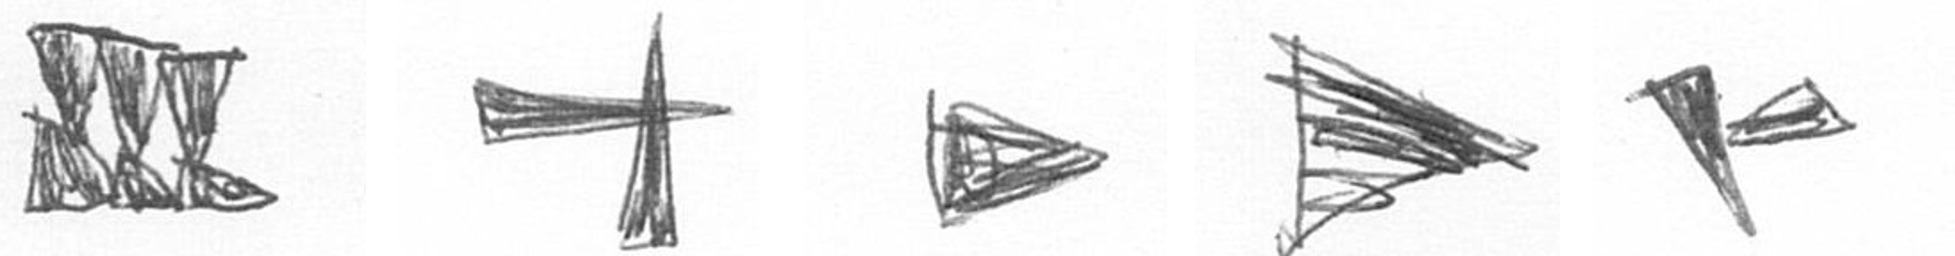
D G T T F